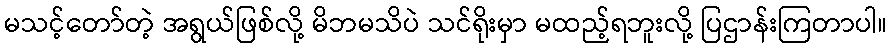
မသင့်တော်တဲ့ အရွယ်ဖြစ်လို့ မိဘမသိပဲ သင်ရိုးမှာ မထည့်ရဘူးလို့ ပြဌာန်းကြတာပါ။